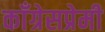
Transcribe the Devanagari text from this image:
काँग्रेसप्रेमी